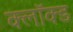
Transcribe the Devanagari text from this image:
क्लॉक्ड